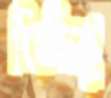
লিলিপু